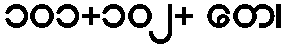
၁၀၁+၁၀၂+ တေ၊